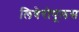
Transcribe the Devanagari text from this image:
लिबेरोपूलस